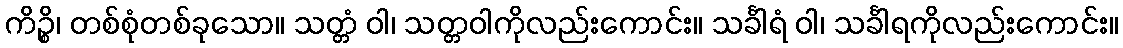
ကိဉ္စိ၊ တစ်စုံတစ်ခုသော။ သတ္တံ ဝါ၊ သတ္တဝါကိုလည်းကောင်း။ သင်္ခါရံ ဝါ၊ သင်္ခါရကိုလည်းကောင်း။